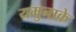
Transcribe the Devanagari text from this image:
यमुनाके